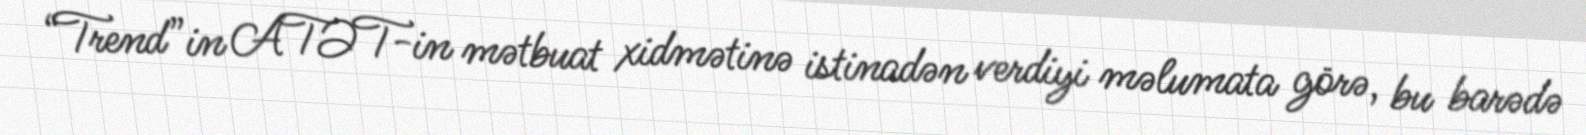
“Trend”in ATƏT-in mətbuat xidmətinə istinadən verdiyi məlumata görə, bu barədə